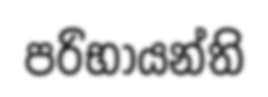
පරිභායන්ති